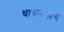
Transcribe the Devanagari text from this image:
धावनमार्ग